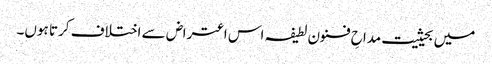
میں بحیثیت مداحِ فنون لطیفہ اس اعتراض سے اختلاف کرتا ہوں۔